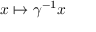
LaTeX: x \mapsto \gamma ^ { - 1 } x